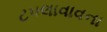
ટપલાવાવના